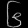
Digit: ၆